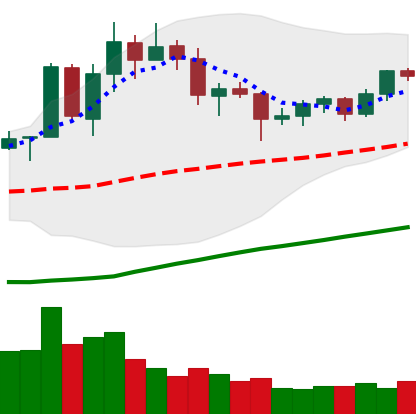
Ticker: TRX-USD
Chart end date: 2020-07-23
Forward return: 7.042%
Label: up_7plus